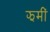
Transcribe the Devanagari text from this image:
झमीं